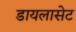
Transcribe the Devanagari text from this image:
डायलासेट